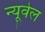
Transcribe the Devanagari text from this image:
न्यूवेल